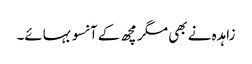
زاہدہ نے بھی مگر مچھ کے آنسو بہائے۔